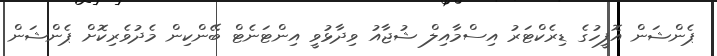
ޕެންޝަން އޮފީހުގެ ޑިރެކްޓަރު އިސްމާއިލް ޝުޖާއު ވިދާޅުވީ އިންޓަނެޓް ބޭންކިން މެދުވެރިކޮށް ޕެންޝަން